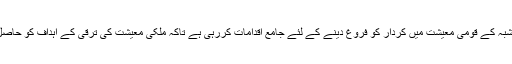
حکومت نجی شُبہ کے قومی معیشت میں کردار کو فروغ دینے کے لئے جامع اقدامات کررہی ہے تاکہ ملکی معیشت کی ترقی کے اہداف کو حاصل کیا جاسکے۔